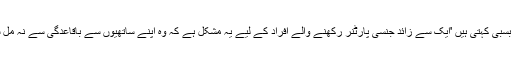
ڈاکٹر بسبی کہتی ہیں 'ایک سے زائد جنسی پارٹنر رکھنے والے افراد کے لیے یہ مشکل ہے کہ وہ اپنے ساتھیوں سے باقاعدگی سے نہ مل سکیں۔